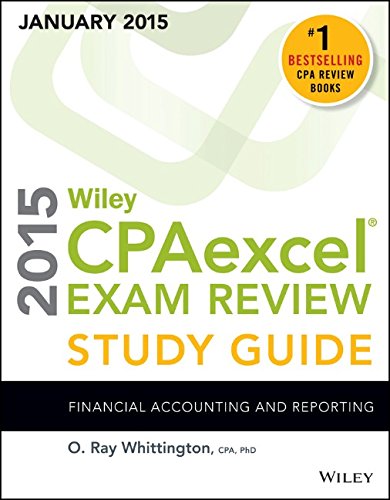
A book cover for Wiley CPAexcel Exam Review 2015 Study Guide (January): Financial Accounting and Reporting (Wiley Cpa Exam Review); O. Ray Whittington; Test Preparation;